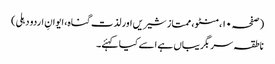
(صفحہ ۱۰، منٹو، ممتاز شیریں اور لذت گناہ، ایوانِ اردو دہلی)
ناطقہ سربگریباں ہے اسے کیا کہئے۔